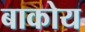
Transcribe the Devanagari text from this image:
बाकोय